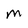
Character: M